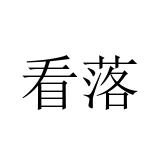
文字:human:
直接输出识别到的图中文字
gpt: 看落